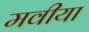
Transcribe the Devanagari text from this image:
मवीया